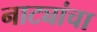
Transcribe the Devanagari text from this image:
नाट्यांचा